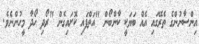
އިންސާނުންގެ ތެރޭގައި އެއް ބަޔަކީ ކާންބޯން "އަތްފައި ކޮށައިގެން "ރޯދި ހޯދާ މީހުންނެވެ.